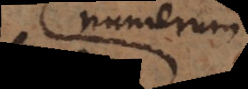
est numerum